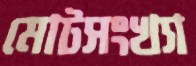
মোটসংখ্যা